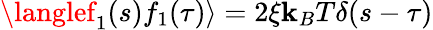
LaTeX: \langlef_{1}(s)f_{1}(\tau)\rangle=2\xi\mathbf{k}_{B}T\delta(s-\tau)